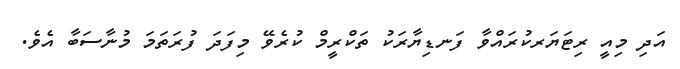
އަދި މިއީ ރިޓަޔަރކުރައްވާ ފަނޑިޔާރަކު ތަކްރީމް ކުރެވޭ މިފަދަ ފުރަތަމަ މުނާސަބާ އެވެ.